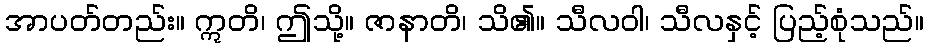
အာပတ်တည်း။ ဣတိ၊ ဤသို့။ ဇာနာတိ၊ သိ၏။ သီလဝါ၊ သီလနှင့် ပြည့်စုံသည်။